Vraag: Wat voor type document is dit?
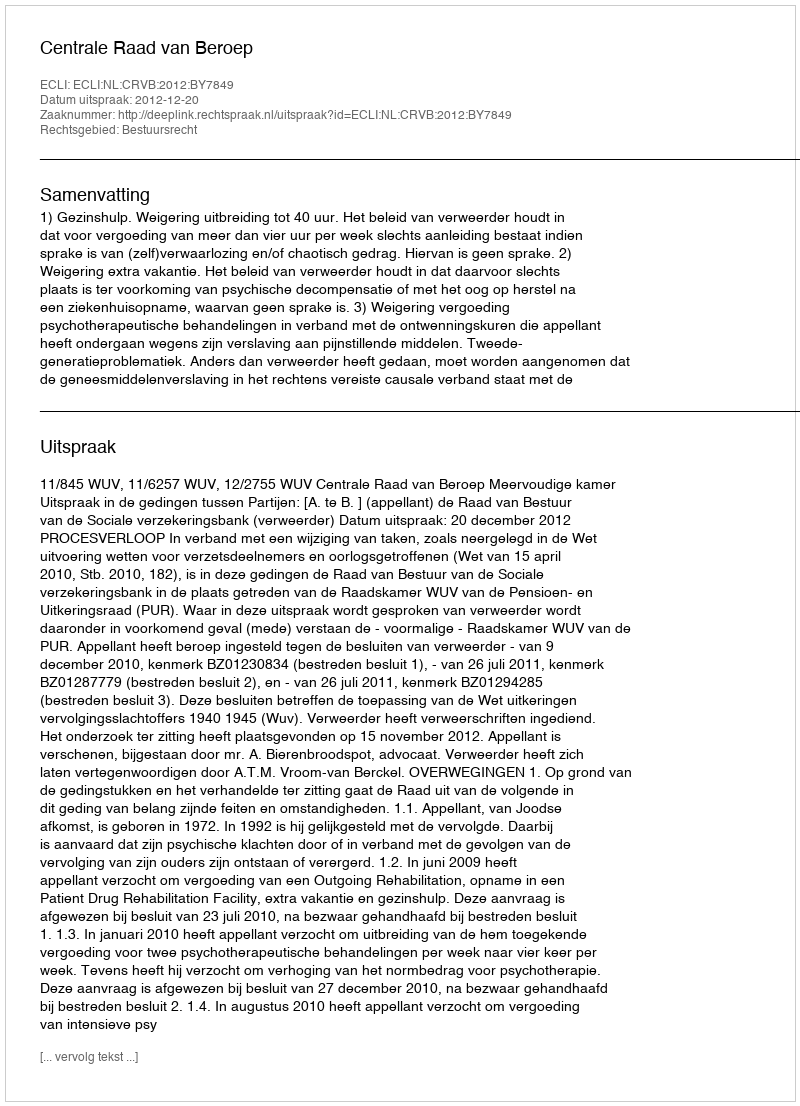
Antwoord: Uitspraak